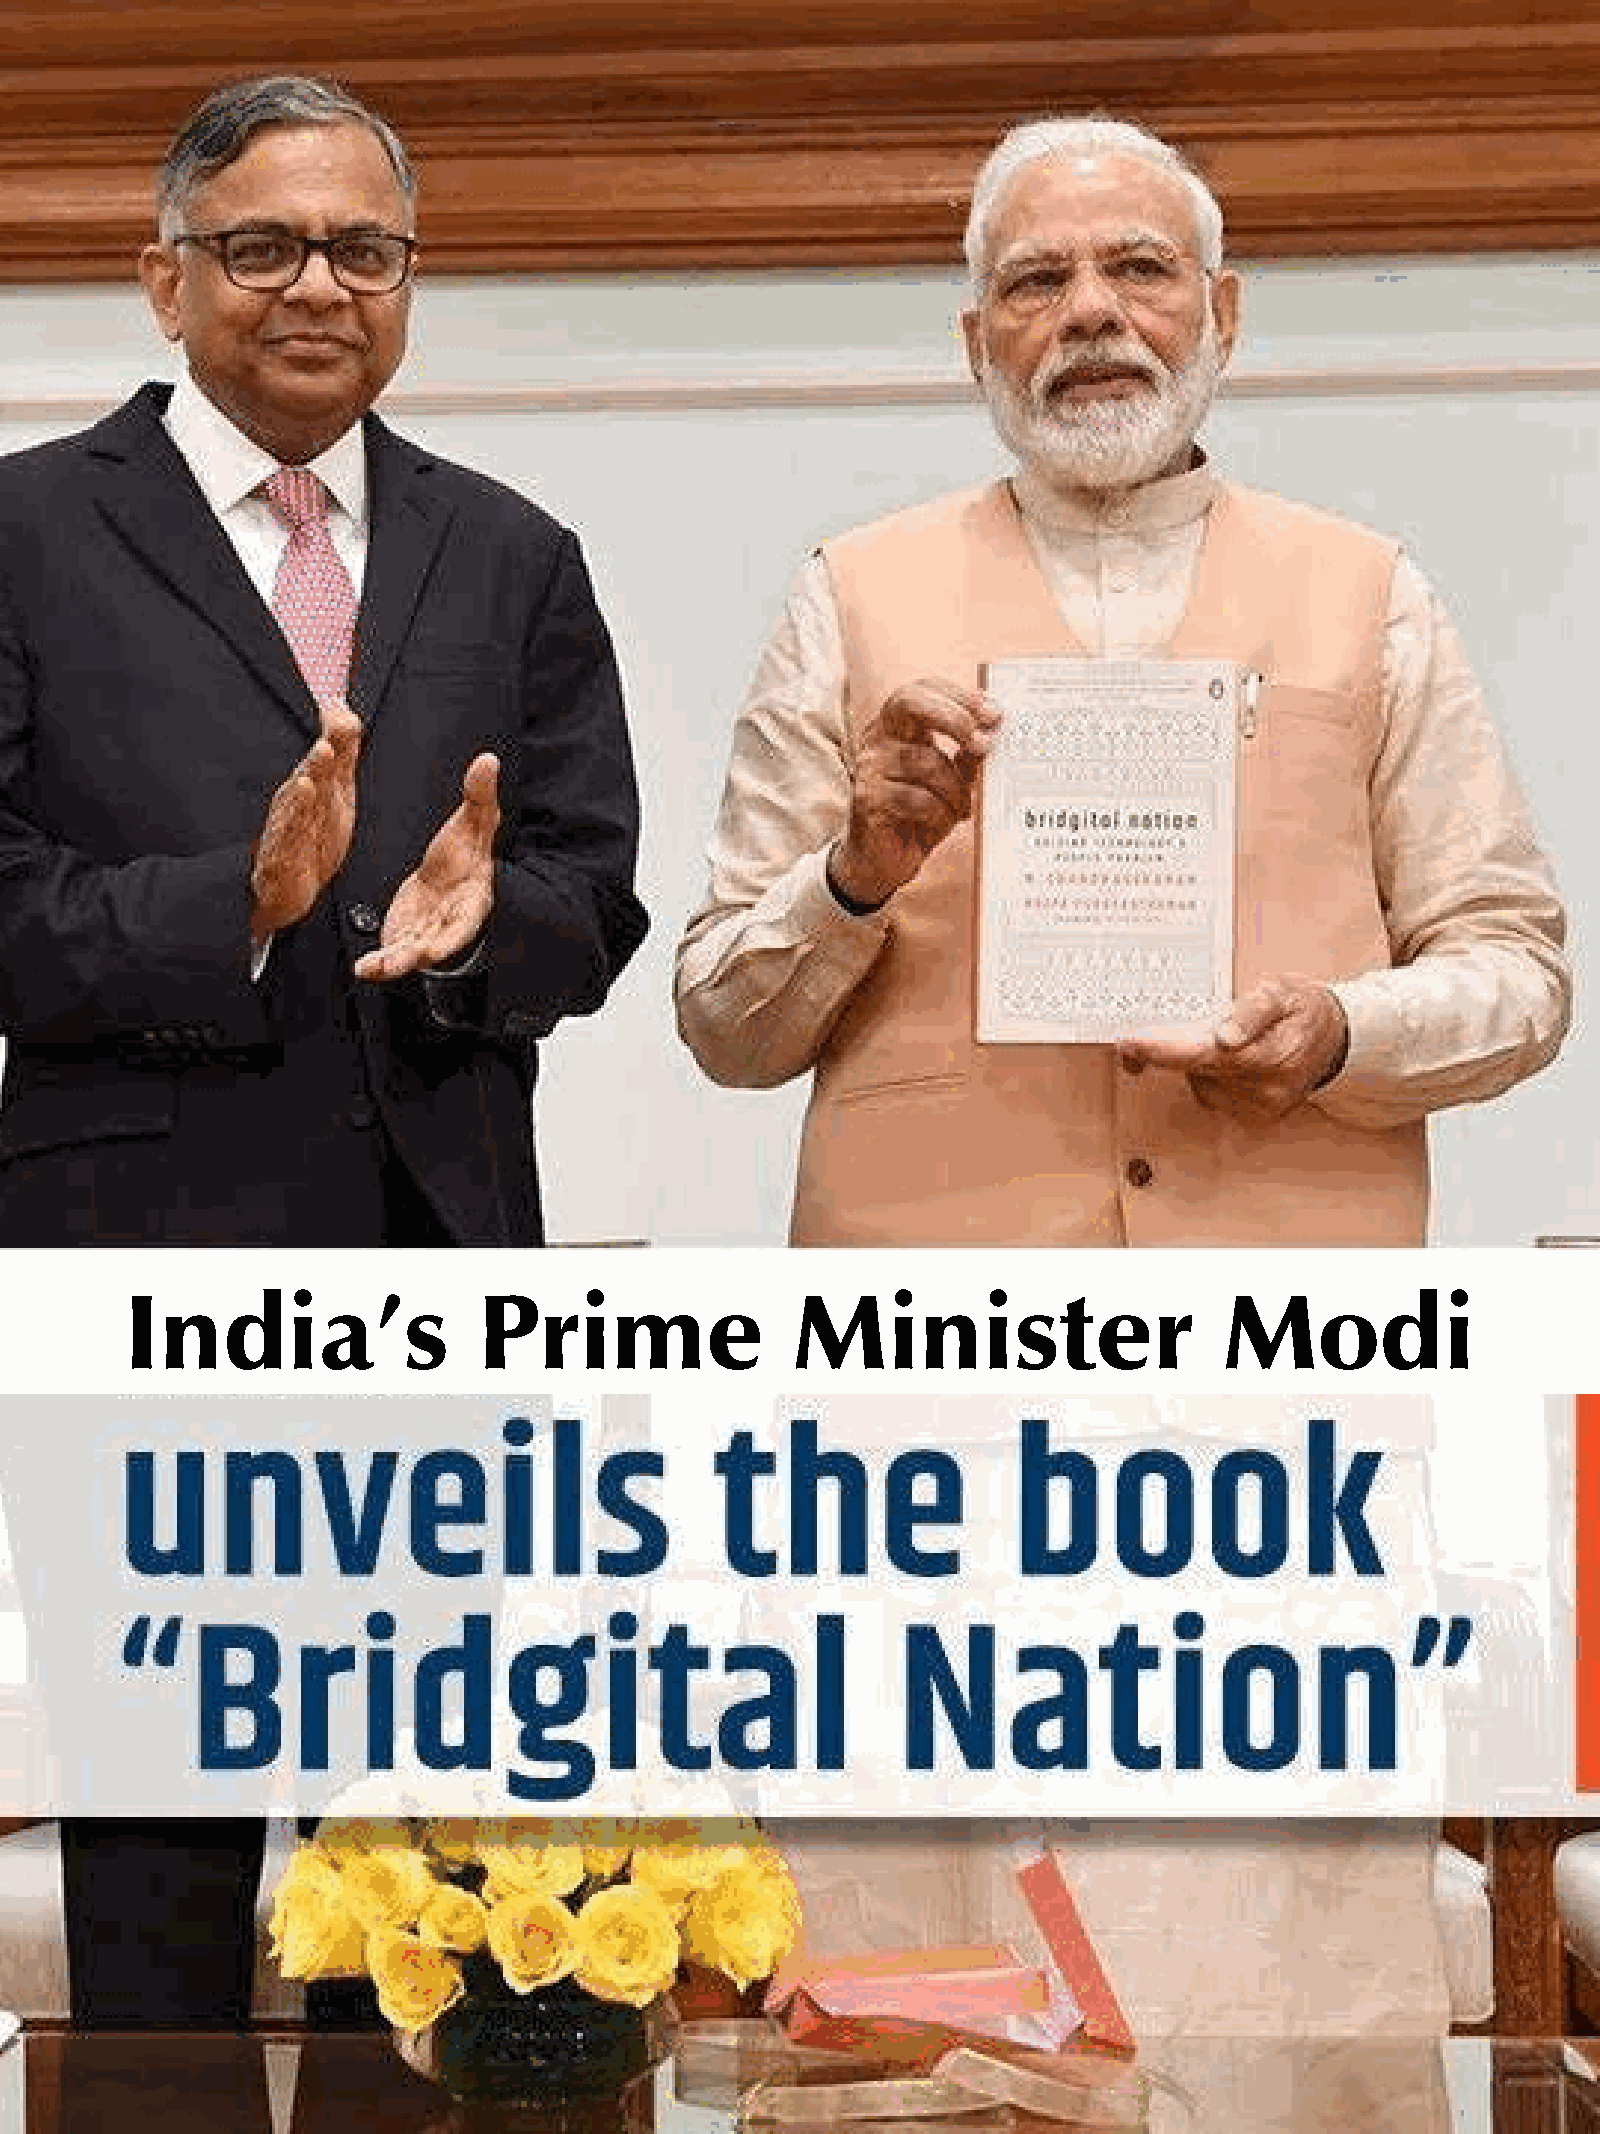
Jambo  Africa Online - Vol.6, March 2021
 India’s                 Prime               Minister                     Modi
 40
 - Africa: Services. Products. Channels.